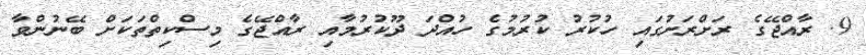
9. ރާއްޖޭގެ ރަށްރަށުގައި ހުކުރު ކުރުމުގެ ހުއްދަ ދޫކުރުމާއި ރާއްޖޭގެ މިސްކިތްތަކަށް ބޭނުންވާ